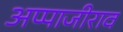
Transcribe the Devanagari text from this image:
अप्पाजीराव